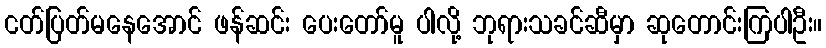
ငတ်ပြတ်မနေအောင် ဖန်ဆင်း ပေးတော်မူ ပါလို့ ဘုရားသခင်ဆီမှာ ဆုတောင်းကြပါဦး။